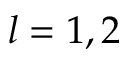
l = 1 , 2